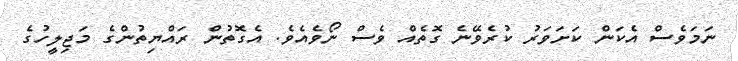
ނަމަވެސް އެކަން ކަށަވަރު ކުރެވޭނެ ގޮތެއް ވެސް ނޯވެއެވެ. އެގޮތުން ރައްޔިތުންގެ މަޖިލީހުގެ